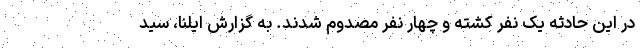
در این حادثه یک نفر کشته و چهار نفر مصدوم شدند. به گزارش ایلنا، سید